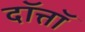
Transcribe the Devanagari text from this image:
दॉत्तॉ